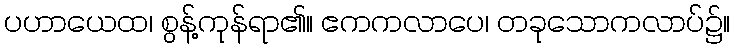
ပဟာယေထ၊ စွန့်ကုန်ရာ၏။ ဧကကလာပေ၊ တခုသောကလာပ်၌။